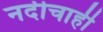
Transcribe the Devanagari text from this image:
नदीचाही